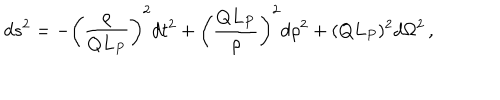
d s ^ { 2 } = - \left( { \frac { \rho } { Q L _ { P } } } \right) ^ { 2 } d t ^ { 2 } + \left( { \frac { Q L _ { P } } { \rho } } \right) ^ { 2 } d \rho ^ { 2 } + ( Q L _ { P } ) ^ { 2 } d \Omega ^ { 2 } \, ,